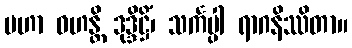
မဟာ ဝဟန္တိ ဒုဒ္ဒိဋ္ဌိံ၊ သင်္ကပ္ပါ ရာဂနိဿိတာ။